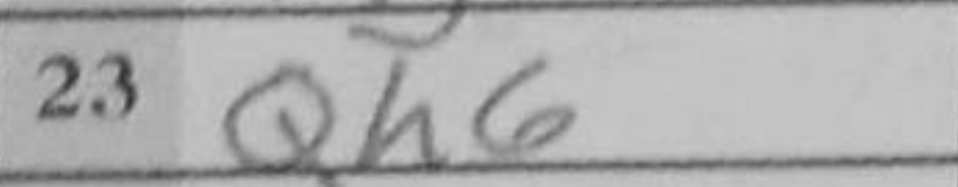
Transcription: Qh6